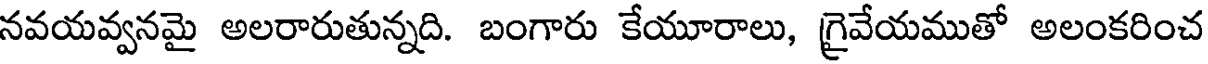
నవయవ్వనమై అలరారుతున్నది. బంగారు కేయూరాలు, గ్రైవేయముతో అలంకరించ